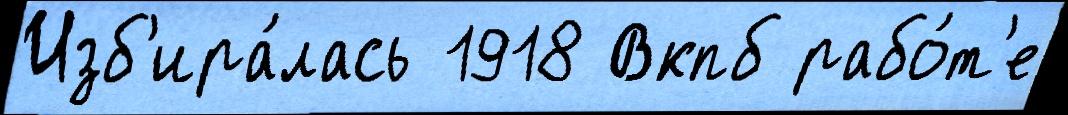
Изб'ира́лась 1918 Вкпб рабо́т'е